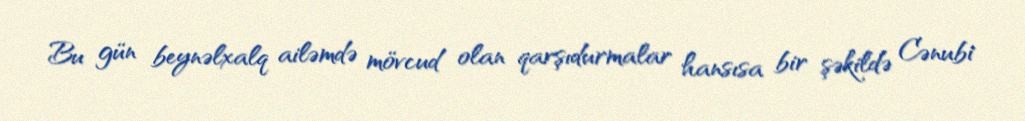
Bu gün beynəlxalq ailəmdə mövcud olan qarşıdurmalar hansısa bir şəkildə Cənubi